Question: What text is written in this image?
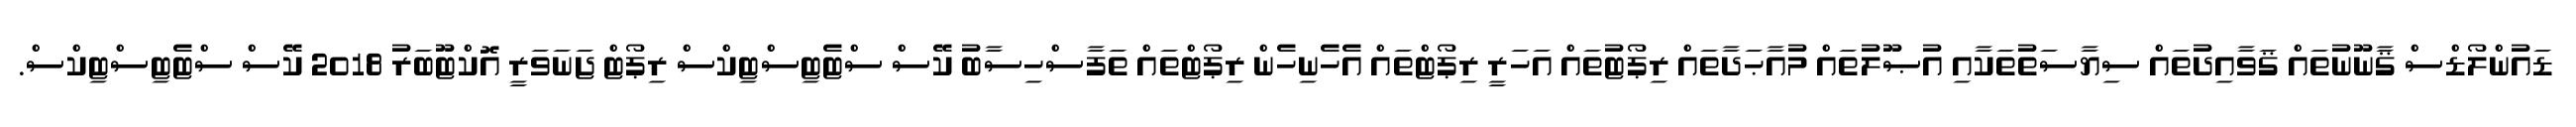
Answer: ޑައުންލޯޑްސް ޤާނޫނުތައް ޤަވާއިދުތައް ސިޔާސަތުތަކާއި އުޞޫލުތައް މުއާޙަދާތައް ރިޕޯޓުތައް އަހަރީ ރިޕޯޓްތައް އެހެނިހެން ރިޕޯޓްތައް ތަފާސްހިސާބު ކޭސް ސްޓެޓިސްޓިކްސް ރިޕޯޓް ޖަނަވަރީ އޮކްޓޫބަރު 2018 ކޭސް ސްޓެޓިސްޓިކްސް.